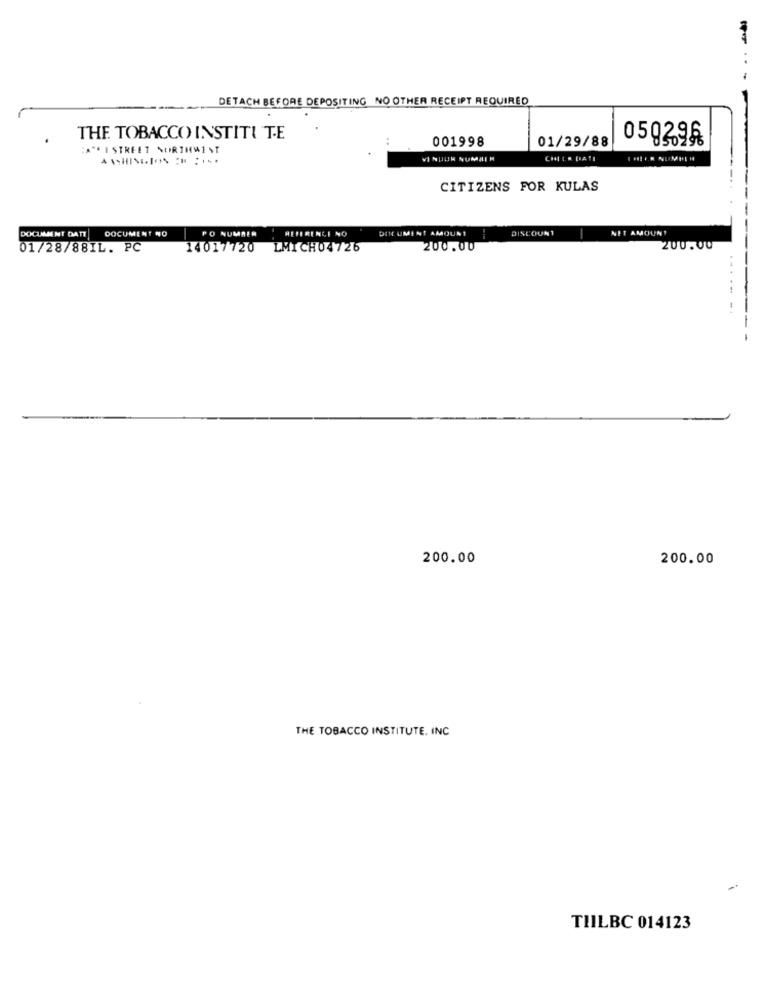
DETACH BEFORE DEPOSITING NO OTHER RECEIPT REQUIRED
THE TOBACCO INSTITU TE
001998
01/29/88
059396
"ISTREET NORTHWEST
VINDUR NUMAIM
CHILE DATI
CITIZENS FOR KULAS
PO NUMBER
REFERENCE NO
DIE UMENT AMOUR1
DISCOUNT
NET AMOUNT
DOCUMENT DATE DOCUMENT NO
01/28/88IL. PC
14017720 LMICH04726
200.00
200.00
200.00
200.00
THE TOBACCO INSTITUTE, INC
TILBC 014123